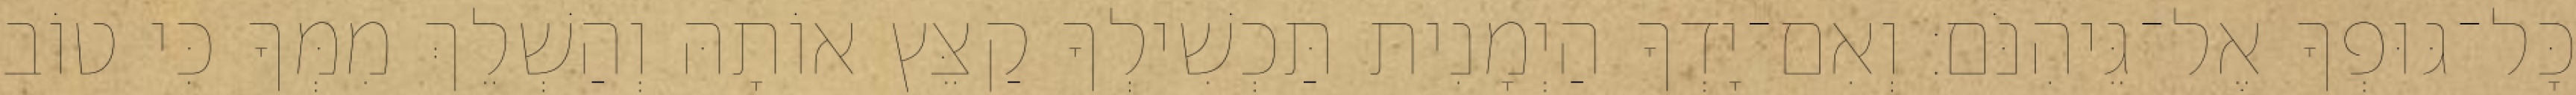
כָּל־גּוּפְךָ אֶל־גֵּיהִנֹּם׃ וְאִם־יָדְךָ הַיְמָנִית תַּכְשִׁילְךָ קַצֵּץ אוֹתָהּ וְהַשְׁלֵךְ מִמְּךָ כִּי טוֹב